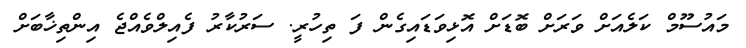
މައުސޫމް ކަލެއަށް ވަރަށް ބޮޑަށް އޮޅިވަޑައިގެން ފަ ތިހުރީ. ސަރުކާރު ފެއިލްވެއްޖެ އިންތިޚާބަށް